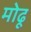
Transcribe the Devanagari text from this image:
मोढू